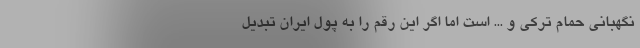
نگهبانی حمام ترکی و ... است اما اگر این رقم را به پول ایران تبدیل